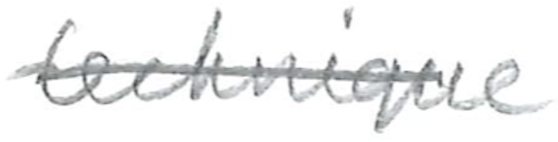
Text: technique
Cross-out: single-line
Writing tool: pencil